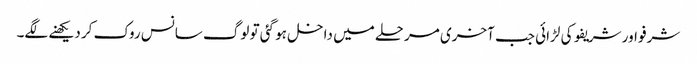
شرفو اور شریفو کی لڑائی جب آخری مرحلے میں داخل ہو گئی تو لوگ سانس روک کر دیکھنے لگے۔